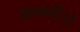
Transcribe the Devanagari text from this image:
आनकी।।